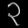
Digit: ၃